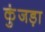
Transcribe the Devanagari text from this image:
कुंजड़ा